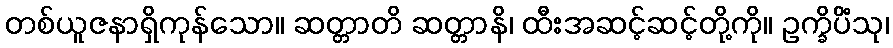
တစ်ယူဇနာရှိကုန်သော။ ဆတ္တာတိ ဆတ္တာနိ၊ ထီးအဆင့်ဆင့်တို့ကို။ ဥက္ခိပိံသု၊